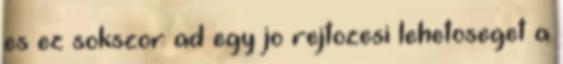
es ez sokszor ad egy jo rejtozesi lehetoseget a